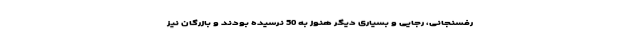
رفسنجانی، رجایی و بسیاری دیگر هنوز به 50 نرسیده بودند و بازرگان نیز